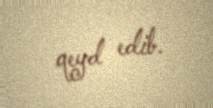
qeyd edib.